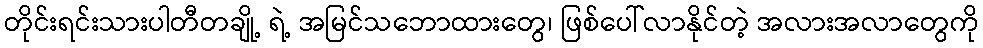
တိုင်းရင်းသားပါတီတချို့ ရဲ့ အမြင်သဘောထားတွေ၊ ဖြစ်ပေါ်လာနိုင်တဲ့ အလားအလာတွေကို